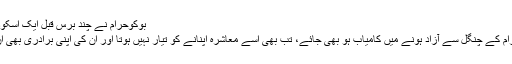
بوکوحرام نے چند برس قبل ایک اسکول سے سینکڑوں بچیوں کے اغوا بھی کر لیا تھا
انہوں نے بتایا کہ اگر کوئی بچہ یا بچی بوکوحرام کے چنگل سے آزاد ہونے میں کامیاب ہو بھی جائے، تب بھی اسے معاشرہ اپنانے کو تیار نہیں ہوتا اور ان کی اپنی برادری بھی ان بچوں کو قبول کرنے سے انکار کر دیتی ہے۔